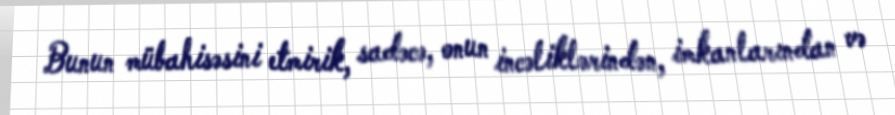
Bunun mübahisəsini etmirik, sadəcə, onun incəliklərindən, imkanlarından və